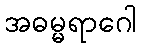
အဓမ္မရာဂေါ